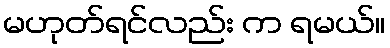
မဟုတ်ရင်လည်း က ရမယ်။